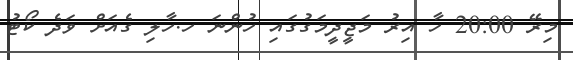
މިރޭ 20:00 ހާ އިރު މަޖީދީމަގުގައި ހުންނަ ހ.ހާލި ގެއަށް ވަދެ ކޯޓު